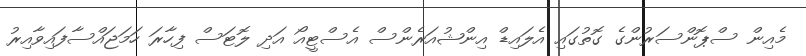
މެއިން ސްޕޮންސަރުންގެ ގޮތުގައި އެލައިޑް އިންޝުއަރެންސް އެސްޓީއޯ އަދި ލޮޓަސް ފިހާރަ ހަމަޖައްސާފައިވާއިރު